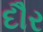
દૌર